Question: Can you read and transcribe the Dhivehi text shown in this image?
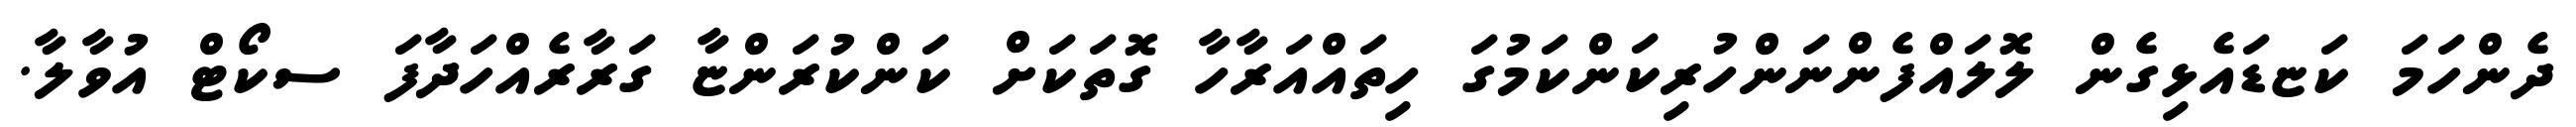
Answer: ދެންހަމަ ކަޏޑައެޅިގެން ލޮލައްފެންނަންހުރިކަންކަމުގަ ހިތައްއަރާހާ ގޮތަކަށް ކަންކުރަންޏާ ގަރާރެއްހަދާފަ ސކޯޓް އުވާލާ.